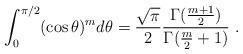
LaTeX: \begin{align*} \int_0^{\pi/2}(\cos\theta)^m d\theta=\frac{\sqrt\pi}2\frac{\Gamma(\frac{m+1}2)}{\Gamma(\frac m2+1)}\ .\end{align*}